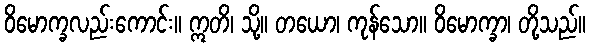
ဝိမောက္ခလည်းကောင်း။ ဣတိ၊ သို့။ တယော၊ ကုန်သော။ ဝိမောက္ခာ၊ တို့သည်။